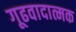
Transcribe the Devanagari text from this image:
गूढवादात्मक